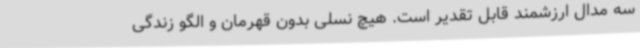
سه مدال ارزشمند قابل تقدیر است. هیچ نسلی بدون قهرمان و الگو زندگی